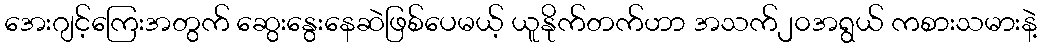
အေးဂျင့်ကြေးအတွက် ဆွေးနွေးနေဆဲဖြစ်ပေမယ့် ယူနိုက်တက်ဟာ အသက်၂၀အရွယ် ကစားသမားနဲ့